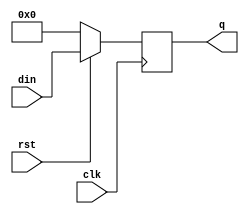
module delay(q, din,clk,rst);
input [7:0]din;
input clk;
input rst;
output [7:0]q;
reg [7:0]q;
always @(posedge clk)
begin
if(rst==1)
q<=din;
else
q<=0;
end

endmodule